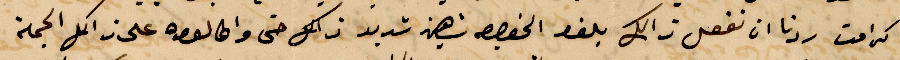
كرامت ردنا ان نفعل ذلك بنفس الخصوص شهين شديد ذلك حتى واطالووه على ذلك الحجة